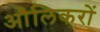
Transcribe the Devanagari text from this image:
औलिकरों